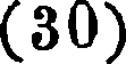
(30)